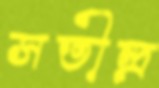
সতীন্দ্র